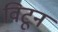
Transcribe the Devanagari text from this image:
विटून